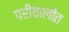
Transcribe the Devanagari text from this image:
परीचालीत